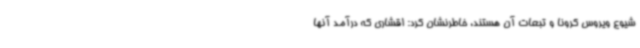
شیوع ویروس کرونا و تبعات آن هستند، خاطرنشان کرد: اقشاری که درآمد آنها